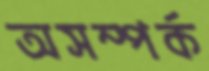
অসম্পর্ক